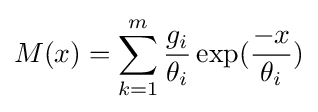
M(x)=\sum _{k=1}^{m}{\frac {g_{i}}{\theta _{i}}}\exp({\frac {-x}{\theta _{i}}})